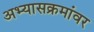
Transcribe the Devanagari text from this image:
अभ्यासक्रमांवर